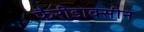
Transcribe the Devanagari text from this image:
फैरीडाक्सीन